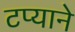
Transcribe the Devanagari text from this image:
टप्याने